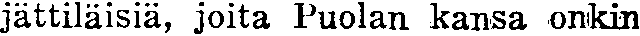
jättiläisiä, joita Puolan kansa onkin